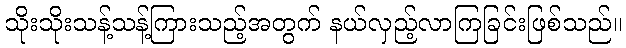
သိုးသိုးသန့်သန့်ကြားသည့်အတွက် နယ်လှည့်လာကြခြင်းဖြစ်သည်။